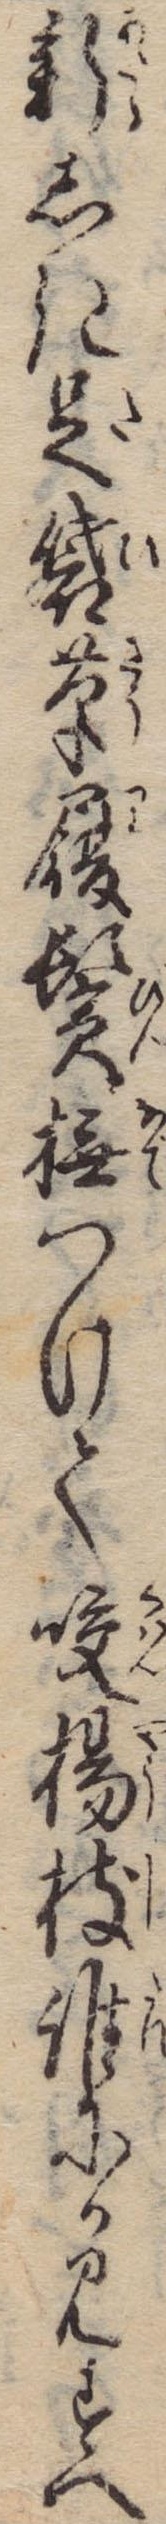
新しき足袋草履鬢撫つけて咬楊枝誰にか見すべ